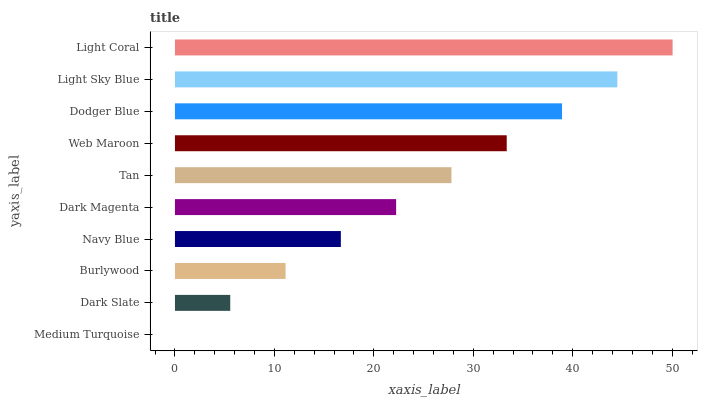
| yaxis_label | bars |
 | --- | --- |
 | Medium Turquoise | 0 |
 | Dark Slate | 5.56 |
 | Burlywood | 11.1 |
 | Navy Blue | 16.7 |
 | Dark Magenta | 22.2 |
 | Tan | 27.8 |
 | Web Maroon | 33.4 |
 | Dodger Blue | 38.9 |
 | Light Sky Blue | 44.5 |
 | Light Coral | 50 |